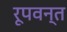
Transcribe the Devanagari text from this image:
रूपवन्त